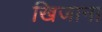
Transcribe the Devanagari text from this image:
खिजाना